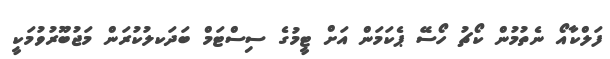
ފަލްކާއޯ ނެތުމުން ކޯޗު ހޯސޭ ޕެކަމަން އަށް ޓީމުގެ ސިސްޓަމް ބަދަކލުކުރަން މަޖުބޫރުވުމަކީ